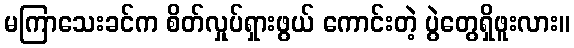
မကြာသေးခင်က စိတ်လှုပ်ရှားဖွယ် ကောင်းတဲ့ ပွဲတွေရှိဖူးလား။